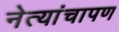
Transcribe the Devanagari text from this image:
नेत्यांचापण